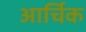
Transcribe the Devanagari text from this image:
आर्चिक